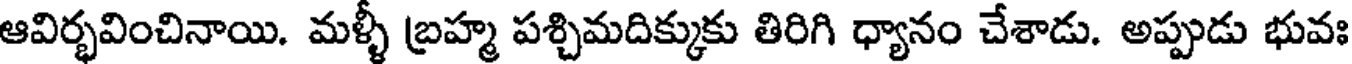
ఆవిర్భవించినాయి. మళ్ళీ బ్రహ్మ పశ్చిమదిక్కుకు తిరిగి ధ్యానం చేశాడు. అప్పుడు భువః